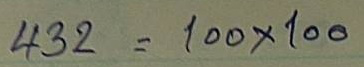
432 = 100 x 100